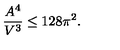
\frac { A ^ { 4 } } { V ^ { 3 } } \le 1 2 8 \pi ^ { 2 } .